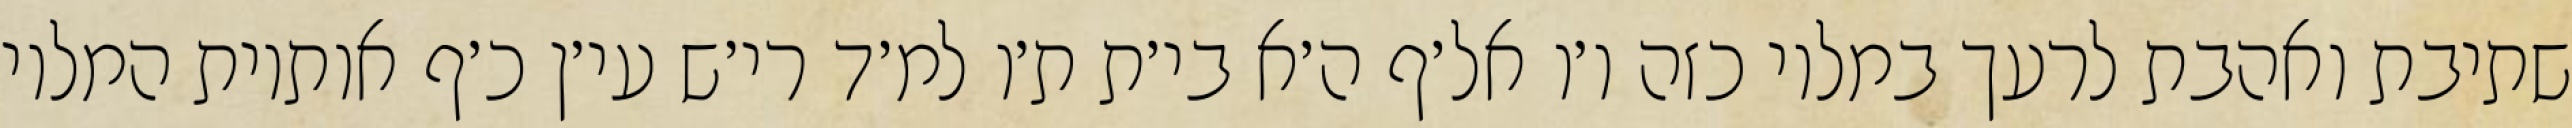
שתיבת ואהבת לרעך במלוי כזה ו׳ו אל׳ף ה׳א בי׳ת ת׳ו למ׳ד רי׳ש עי׳ן כ׳ף אותיות המלוי